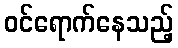
ဝင်ရောက်နေသည့်